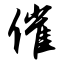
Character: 催